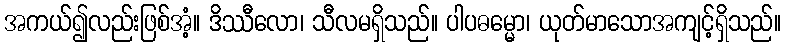
အကယ်၍လည်းဖြစ်အံ့။ ဒိဿီလော၊ သီလမရှိသည်။ ပါပဓမ္မော၊ ယုတ်မာသောအကျင့်ရှိသည်။